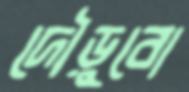
দৌড়ুবো